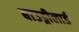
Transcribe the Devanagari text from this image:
बाउड्रीलार्ड